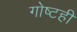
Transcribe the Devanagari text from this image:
गोष्टही